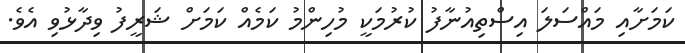
ކަމަށާއި މައްސަލަ އިސްތިއުނާފު ކުރުމަކީ މުހިންމު ކަމެއް ކަމަށް ޝަރީފު ވިދާޅުވި އެވެ.